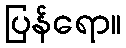
ပြန်ရော။